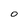
Character: O